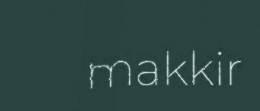
makkir